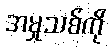
အမှုသစ်ကို